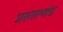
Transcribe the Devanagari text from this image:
प्रस्तरभांड